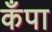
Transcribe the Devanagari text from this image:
कँपा